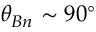
\theta _ { B n } \sim 9 0 ^ { \circ }